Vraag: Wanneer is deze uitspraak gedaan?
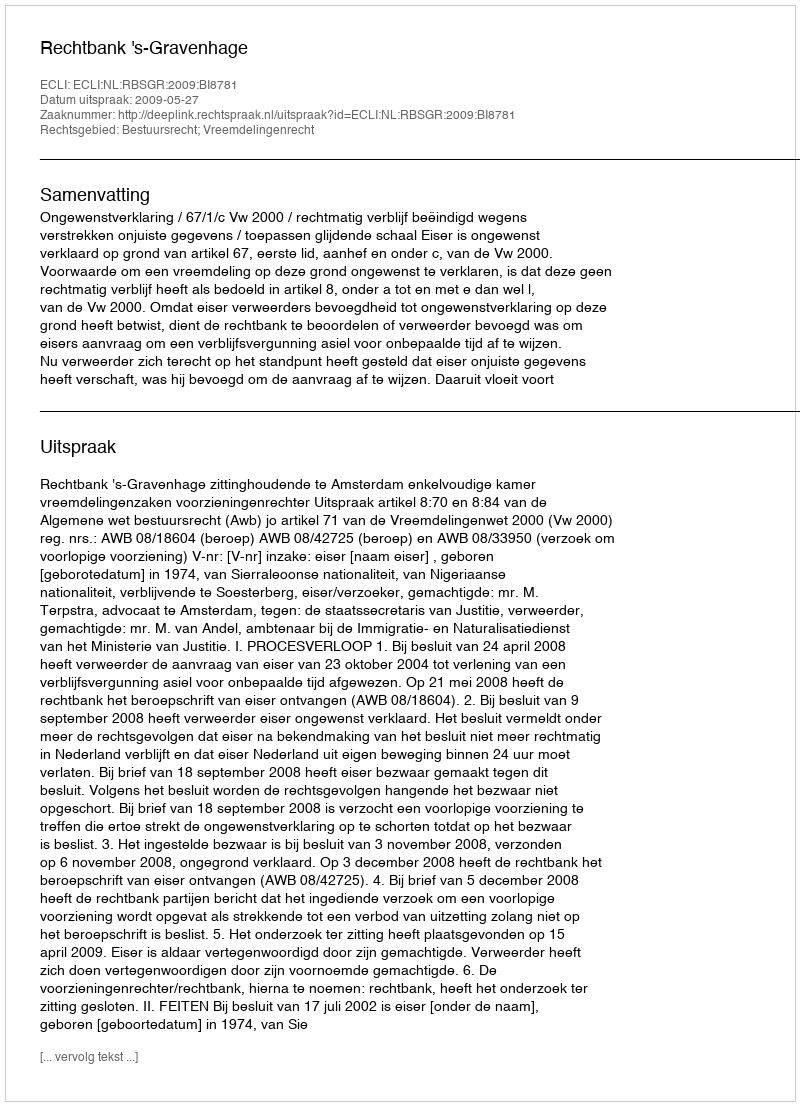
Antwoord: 2009-05-27